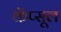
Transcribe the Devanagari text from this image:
कॅप्सूल